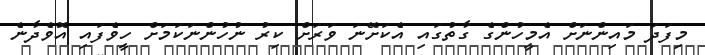
މިފަދަ މައިންނަށް އެމީހުންގެ ގާތުގައި އެކަށޭނަ ވަރަށް ކިރު ނުހުންނަކަމަށް ހީވެފައި އޮވެދާނެ